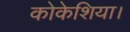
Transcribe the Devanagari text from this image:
कोकेशिया।